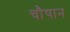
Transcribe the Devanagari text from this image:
चौषान